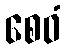
စေဝံ